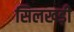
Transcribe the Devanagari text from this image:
सिलखड़ी